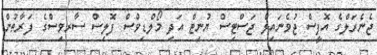
ޖެނެރަލްގެ އޮފީސް ޖުވެނައިލް ޖަސްޓިސް ޔުނިޓް އަދި މޯލްޑިވްސް ފޮލިސް ސާރވިސްގެ ފަރާތުން